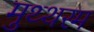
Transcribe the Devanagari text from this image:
मुथ्थरम